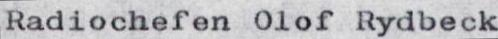
Radiochefen Olof Rydbeck